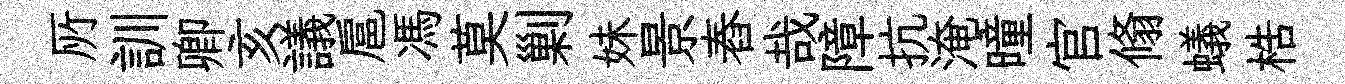
𠩄訓卿亥議扈馮莫剿妹景舂哉障抗淹曈官翛蟻梏